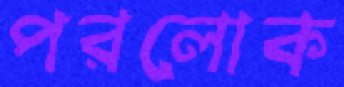
পরলোক